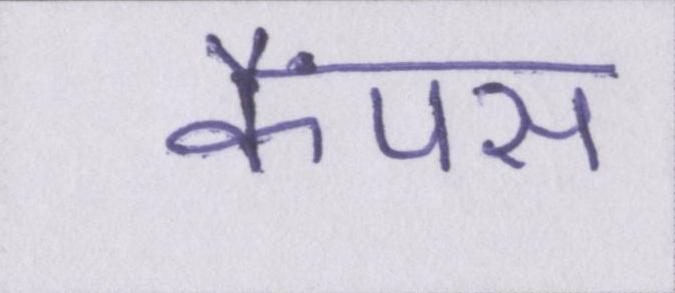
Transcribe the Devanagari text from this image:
कैंपस